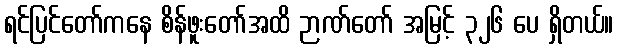
ရင်ပြင်တော်ကနေ စိန်ဖူးတော်အထိ ဉာဏ်တော် အမြင့် ၃၂၆ ပေ ရှိတယ်။